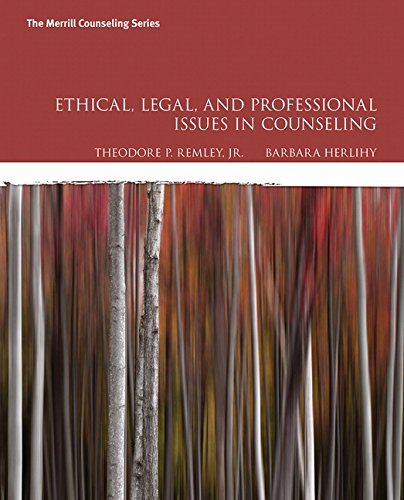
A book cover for Ethical, Legal, and Professional Issues in Counseling (5th Edition); Theodore P. Remley Jr.; Education & Teaching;